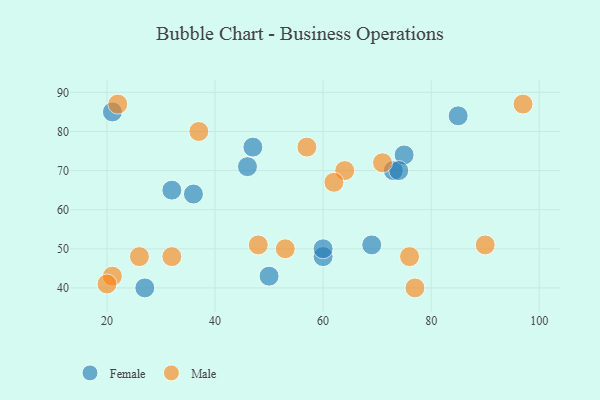
{"axis": {"x": "GDP", "y": "Life Expectancy"}, "legend": ["Female", "Male"], "data": [{"x": "36", "y": 64, "type": "Female"}, {"x": "21", "y": 85, "type": "Female"}, {"x": "47", "y": 76, "type": "Female"}, {"x": "73", "y": 70, "type": "Female"}, {"x": "75", "y": 74, "type": "Female"}, {"x": "60", "y": 48, "type": "Female"}, {"x": "74", "y": 70, "type": "Female"}, {"x": "60", "y": 50, "type": "Female"}, {"x": "50", "y": 43, "type": "Female"}, {"x": "32", "y": 65, "type": "Female"}, {"x": "27", "y": 40, "type": "Female"}, {"x": "69", "y": 51, "type": "Female"}, {"x": "85", "y": 84, "type": "Female"}, {"x": "46", "y": 71, "type": "Female"}, {"x": "21", "y": 43, "type": "Male"}, {"x": "71", "y": 72, "type": "Male"}, {"x": "48", "y": 51, "type": "Male"}, {"x": "57", "y": 76, "type": "Male"}, {"x": "37", "y": 80, "type": "Male"}, {"x": "64", "y": 70, "type": "Male"}, {"x": "53", "y": 50, "type": "Male"}, {"x": "97", "y": 87, "type": "Male"}, {"x": "62", "y": 67, "type": "Male"}, {"x": "22", "y": 87, "type": "Male"}, {"x": "90", "y": 51, "type": "Male"}, {"x": "26", "y": 48, "type": "Male"}, {"x": "77", "y": 40, "type": "Male"}, {"x": "76", "y": 48, "type": "Male"}, {"x": "20", "y": 41, "type": "Male"}, {"x": "32", "y": 48, "type": "Male"}]}